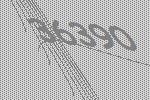
36390